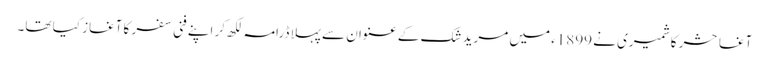
آغا حشر کاشمیری نے 1899ء میں مرید شک کے عنوان سے پہلا ڈرامہ لکھ کر اپنے فنی سفر کا آغاز کیا تھا۔